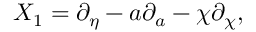
X _ { 1 } = \partial _ { \eta } - a \partial _ { a } - \chi \partial _ { \chi } ,